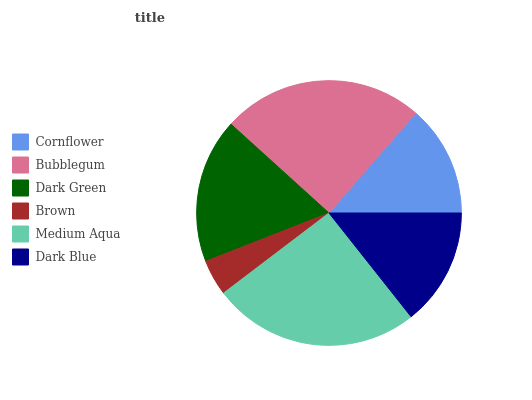
| Cornflower | Bubblegum | Dark Green | Brown | Medium Aqua | Dark Blue |
 | --- | --- | --- | --- | --- | --- |
 | 13.6% | 24.7% | 17.7% | 4.39% | 25.3% | 14.3% |